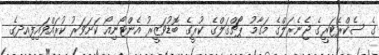
ގެ ސެކްރެޓަރީގެ ޖެނެރަލްގެ މަގާމު ޕޯޗްގަލްގެ ކުރީގެ ބޮޑުވަޒީރު އެންޓޯނިއޯ ކަށަވަރު ކުރައްވައިފިއދގެ